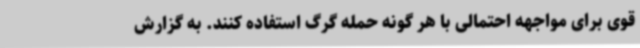
قوی برای مواجهه احتمالی با هر گونه حمله گرگ استفاده کنند. به گزارش